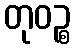
တုဝဉ္စ